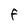
Character: F